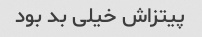
پیتزاش خیلی بد بود